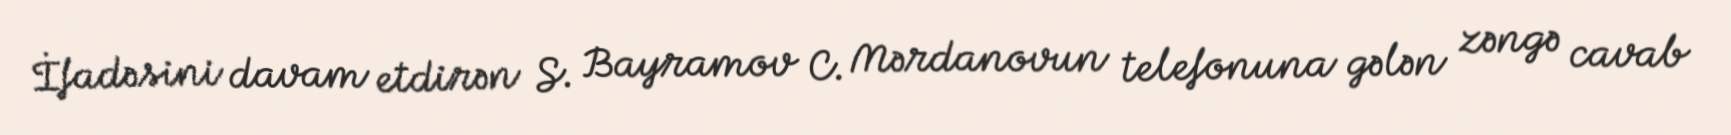
İfadəsini davam etdirən S. Bayramov C. Mərdanovun telefonuna gələn zəngə cavab